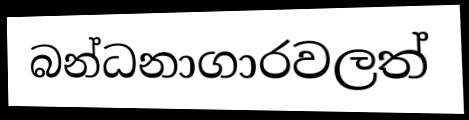
බන්ධනාගාරවලත්